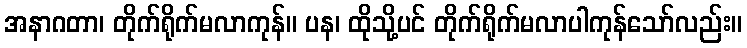
အနာဂတာ၊ တိုက်ရိုက်မလာကုန်။ ပန၊ ထိုသို့ပင် တိုက်ရိုက်မလာပါကုန်သော်လည်း။